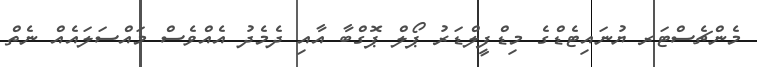
މެންޗެސްޓަރ ޔުނައިޓެޑްގެ މިޑްފީލްޑަރު ޕޯލް ޕޮގްބާ އާއި ދެމެދު އެއްވެސް މައްސަލައެއް ނެތް